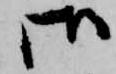
御